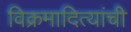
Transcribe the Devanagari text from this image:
विक्रमादित्यांची